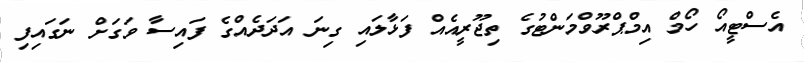
އެސްޓީއޯ ހޯމް އިމްޕްރޫވްމަންޓުގެ ތިޖޫރީއެއް ފަޅާލައި ގިނަ އަދަދެއްގެ ފައިސާ ވަގަށް ނަގައިފި